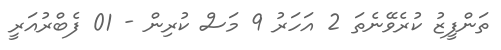
ތަންފީޒު ކުރެވޭނެތަ 2 އަހަރު 9 މަސް ކުރިން - 01 ފެބްރުއަރީ